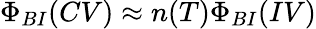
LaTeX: \Phi_{BI}(CV)\approx n(T)\Phi_{BI}(IV)